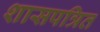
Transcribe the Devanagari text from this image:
शासपत्रित